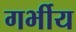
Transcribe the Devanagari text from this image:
गर्भीय